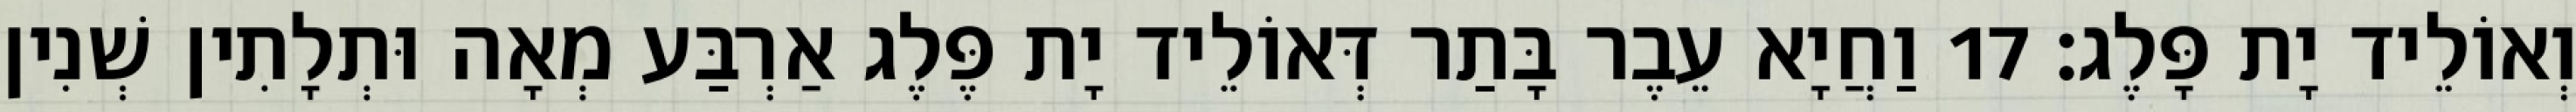
וְאוֹלֵיד יָת פָּלֶג׃ 17 וַחֲיָא עֵבֶר בָּתַר דְּאוֹלֵיד יָת פֶּלֶג אַרְבַּע מְאָה וּתְלָתִין שְׁנִין